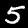
Label: 5